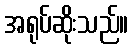
အရုပ်ဆိုးသည်။